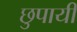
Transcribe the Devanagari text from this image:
छुपायी